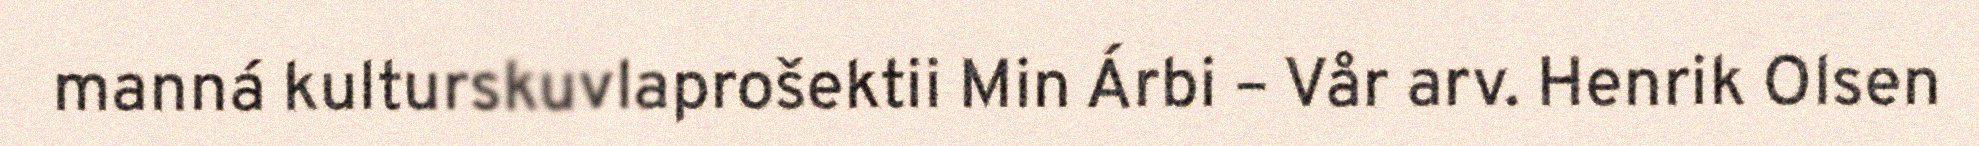
manná kulturskuvlaprošektii Min Árbi – Vår arv. Henrik Olsen